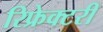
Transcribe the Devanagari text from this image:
रिफ्रेक्टरी